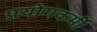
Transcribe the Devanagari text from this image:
प्रयोगकर्मी